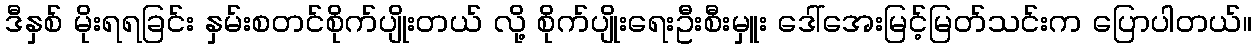
ဒီနှစ် မိုးရရခြင်း နှမ်းစတင်စိုက်ပျိုးတယ် လို့ စိုက်ပျိုးရေးဦးစီးမှူး ဒေါ်အေးမြင့်မြတ်သင်းက ပြောပါတယ်။